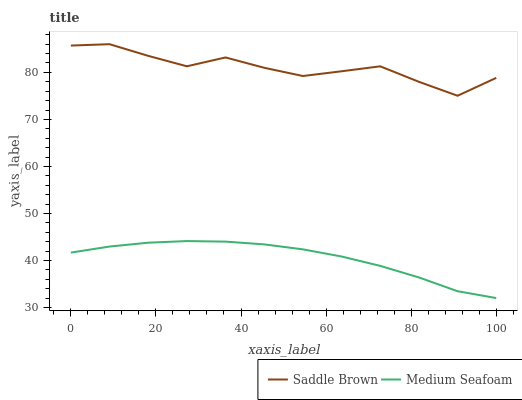
| xaxis_label | Saddle Brown | Medium Seafoam |
 | --- | --- | --- |
 | 0 | 85.7 | 41.7 |
 | 9.09 | 86 | 43 |
 | 18.2 | 83.5 | 43.8 |
 | 27.3 | 81.3 | 44.1 |
 | 36.4 | 83.2 | 44 |
 | 45.5 | 81 | 43.4 |
 | 54.5 | 79.2 | 42.4 |
 | 63.6 | 80.2 | 40.8 |
 | 72.7 | 81.3 | 38.8 |
 | 81.8 | 78 | 36.4 |
 | 90.9 | 75 | 33.5 |
 | 100 | 78.8 | 32 |